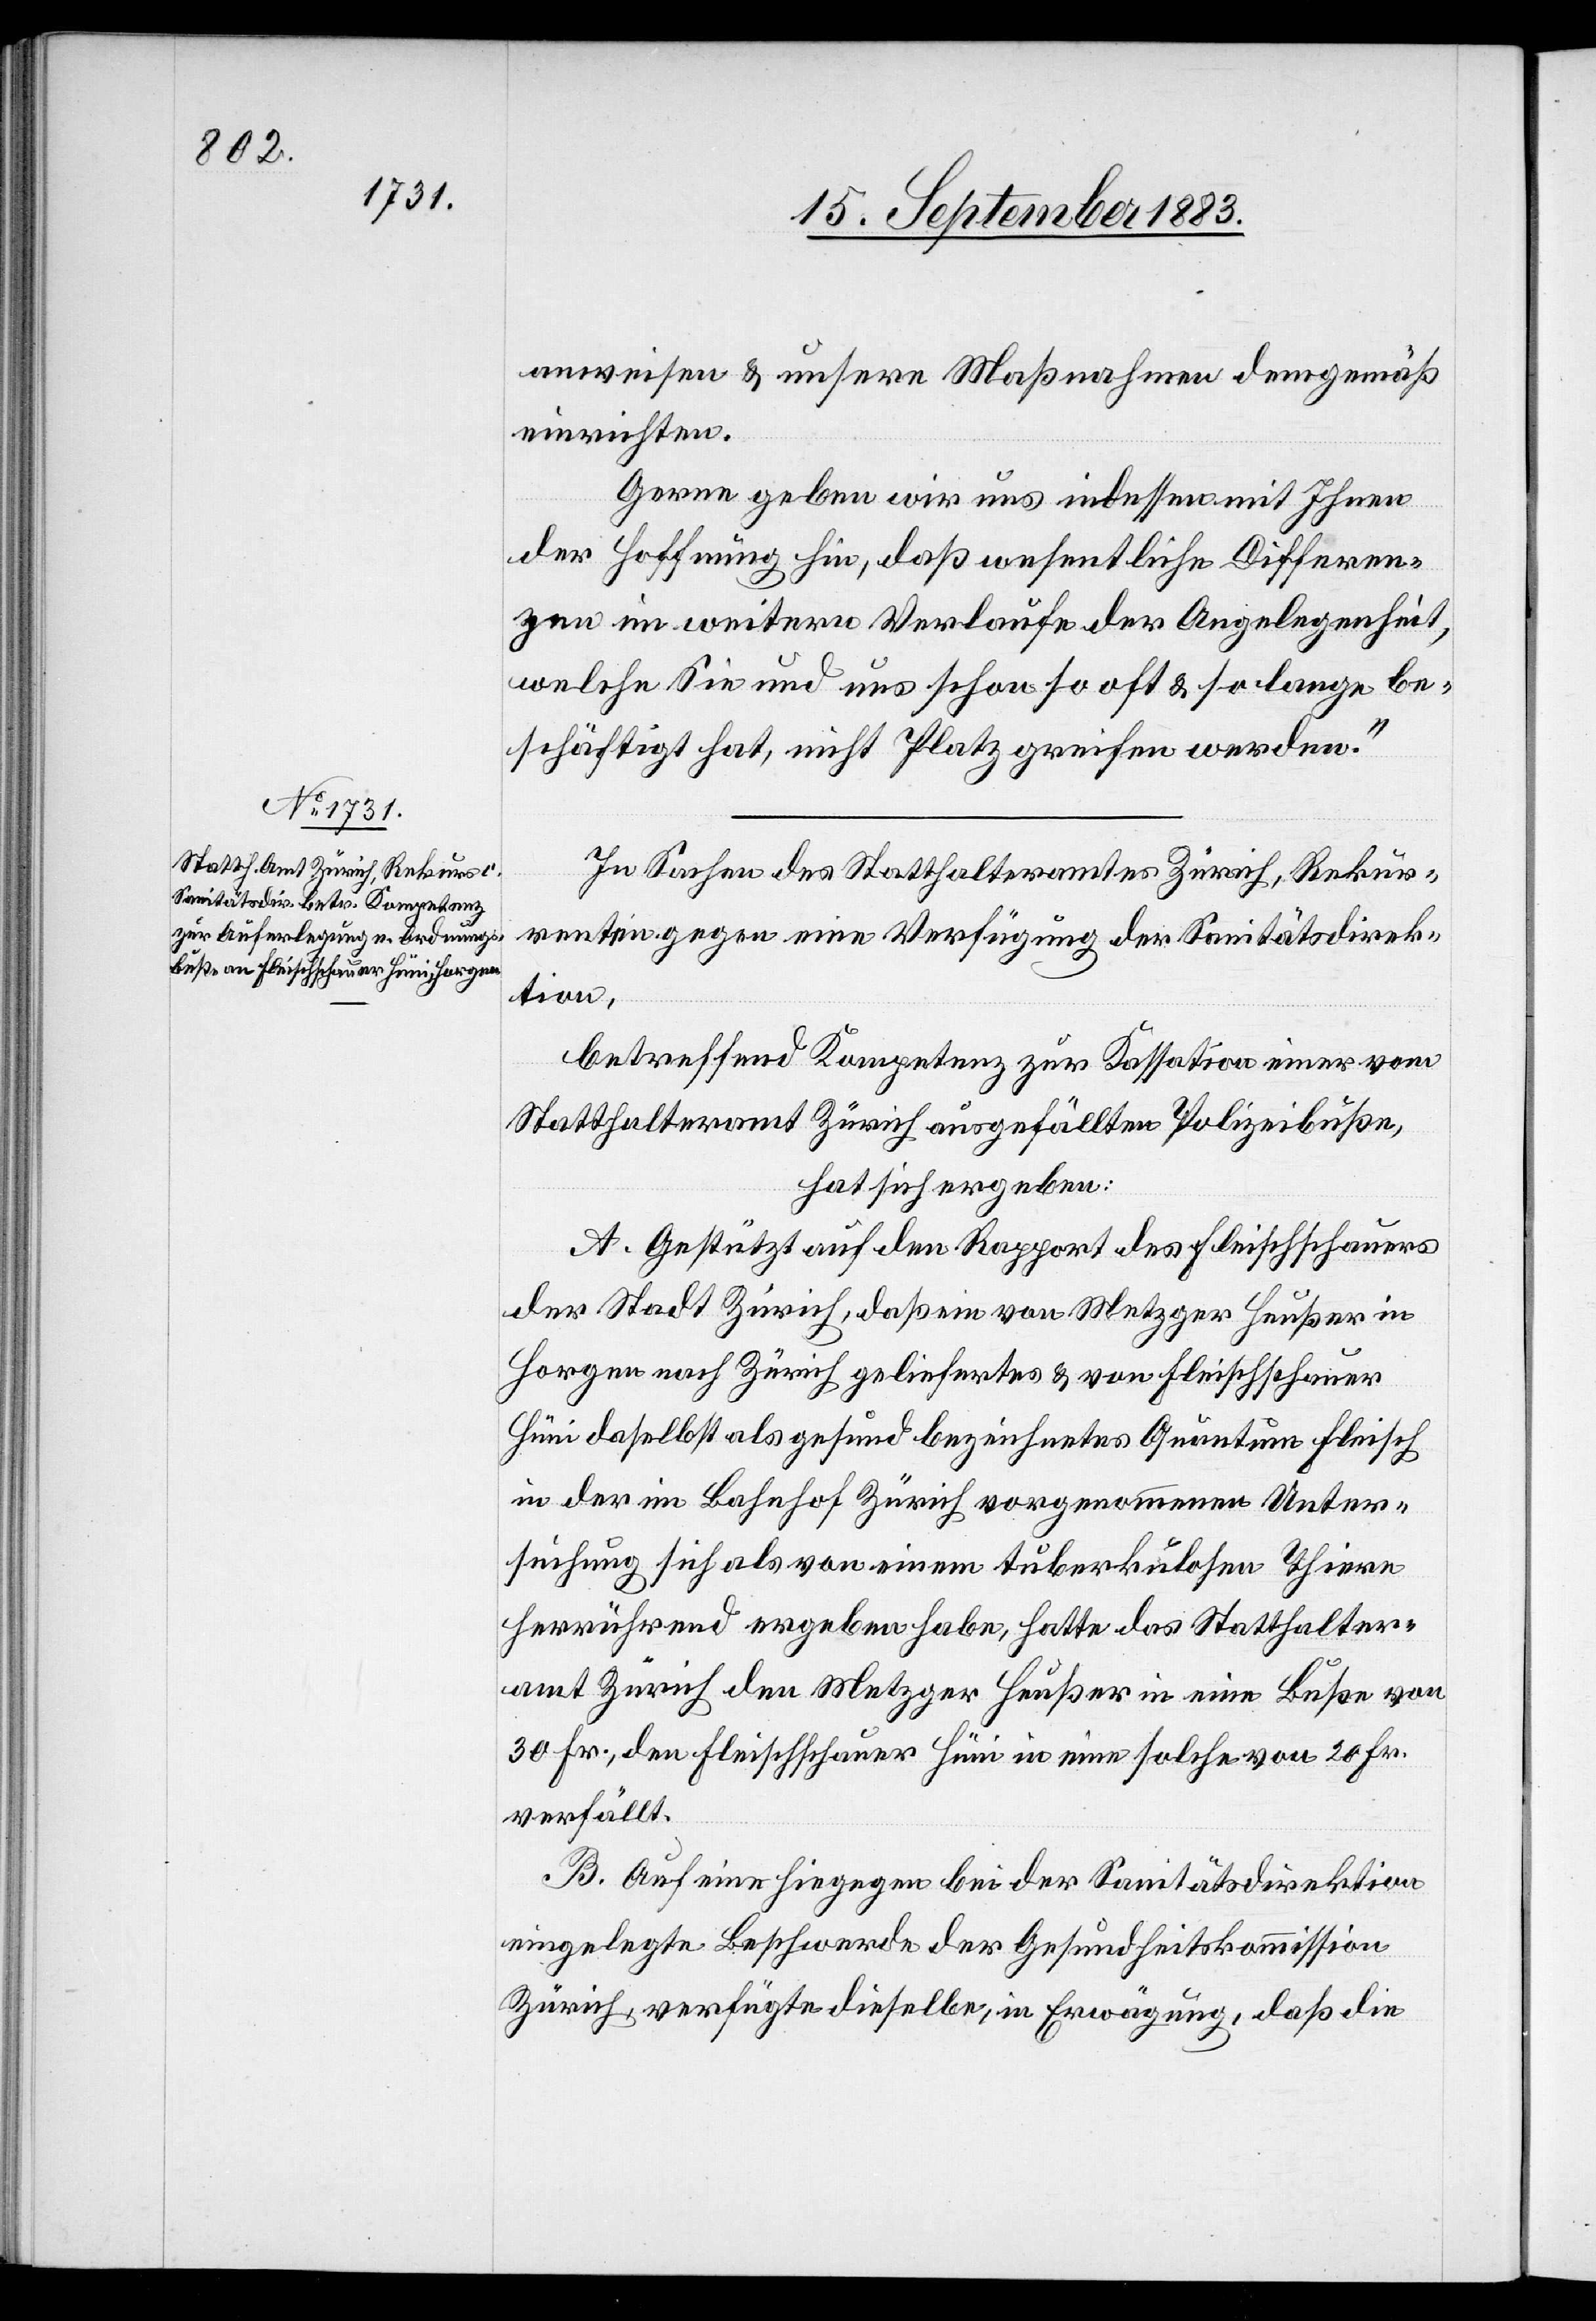
anweisen & unsere Maßnahmen demgemäß
einrichten.
Gerne geben wir uns indessen mit Ihnen
der Hoffnung hin, daß wesentliche Differen¬
zen im weitern Verlaufe der Angelegenheit,
welche Sie und uns schon so oft & so lange be¬
schäftigt hat, nicht Platz greifen werden.“
In Sachen des Statthalteramtes Zürich, Rekur¬
rentin gegen eine Verfügung der Sanitätsdirek¬
tion,
betreffend Kompetenz zur Kassation einer vom
Statthalteramt Zürich ausgefällten Polizeibuße,
hat sich ergeben:
A. Gestützt auf den Rapport des Fleischschauers
der Stadt Zürich, daß ein von Metzger Heußer in
Horgen nach Zürich geliefertes & von Fleischschauer
Hüni selbst als gesund bezeichnetes Quantum Fleisch
in der im Bahnhof Zürich vorgenommenen Unter¬
suchung sich als von einem tuberkulosen Thiere
herrührend ergeben habe, hatte das Statthalter¬
amt Zürich den Metzger Heußer in eine Buße von
30 Fr., den Fleischschauer Hüni in eine solche von 20 Fr.
verfällt.
B. Auf eine hiegegen bei der Sanitätsdirektion
eingelegte Beschwerde der Gesundheitskommission
Zürich, verfügte dieselbe, in Erwägung, daß die